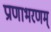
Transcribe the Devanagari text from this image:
प्राणाभरणम्‌